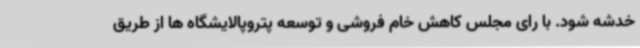
خدشه شود. با رای مجلس کاهش خام فروشی و توسعه پتروپالایشگاه ها از طریق